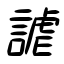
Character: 謔